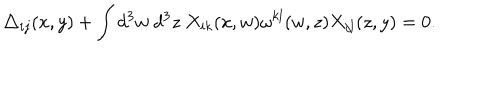
\triangle _ { i j } ( x , y ) + \int d ^ { 3 } w ~ d ^ { 3 } z ~ X _ { i k } ( x , w ) \omega ^ { k l } ( w , z ) X _ { j l } ( z , y ) = 0 .